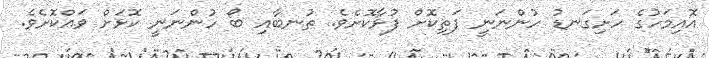
އޮއިމަހުގެ ހަށިގަނޑު ހުންނަނީ ފަތިކޮށް ފުޅާކޮށެވެ. ތުނބާއި ބޯ ހުންނަނީ ކޮޅަށް ވައްކޮށެވެ.